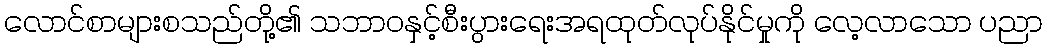
လောင်စာများစသည်တို့၏ သဘာဝနှင့်စီးပွားရေးအရထုတ်လုပ်နိုင်မှုကို လေ့လာသော ပညာ